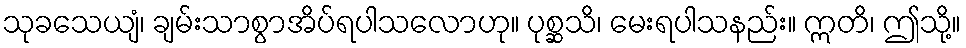
သုခသေယျံ၊ ချမ်းသာစွာအိပ်ရပါသလောဟု။ ပုစ္ဆသိ၊ မေးရပါသနည်း။ ဣတိ၊ ဤသို့။